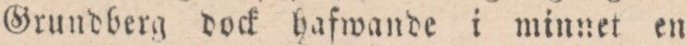
Grundberg dock hafwande i minnet en